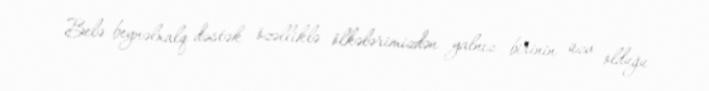
Belə beynəlxalq dəstək özəlliklə ölkələrimizdən yalnız birinin üzv olduğu